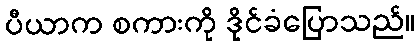
ပီယာက စကားကို ဒိုင်ခံပြောသည်။